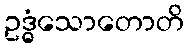
ဥဒ္ဓံသောတောတိ